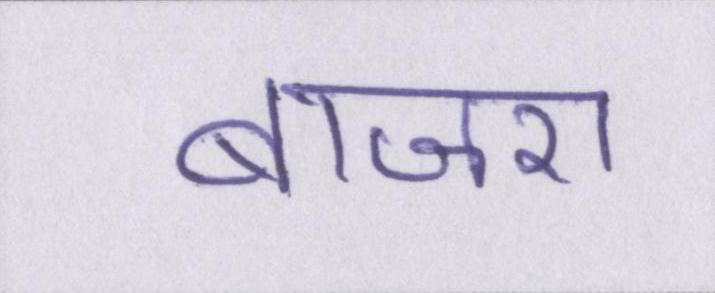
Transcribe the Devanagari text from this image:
बाजरा